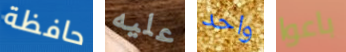
حافظة عليه واحد باعوا